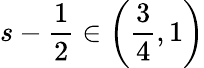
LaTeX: s-\frac{1}{2}\in\left(\frac{3}{4},1\right)